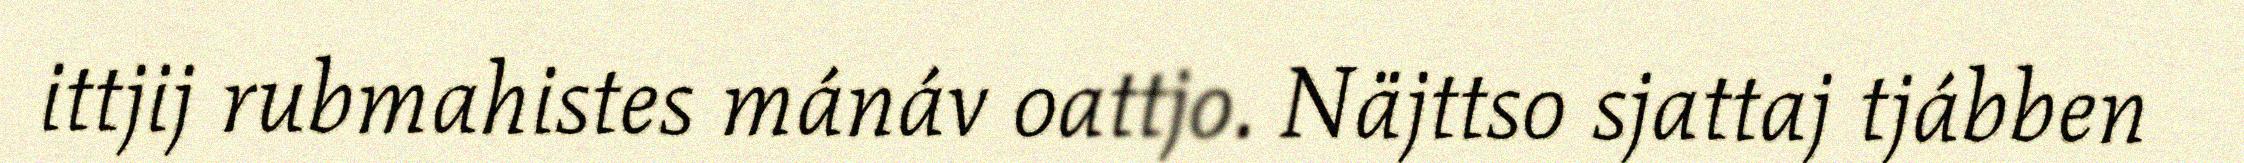
ittjij rubmahistes mánáv oattjo. Näjttso sjattaj tjábben